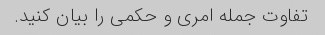
تفاوت جمله امری و حکمی را بیان کنید.